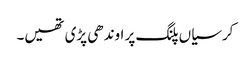
کرسیاں پلنگ پر اوندھی پڑی تھیں۔